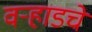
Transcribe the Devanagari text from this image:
वऱ्हाडचे